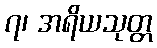
၇၊ အရိယသုတ္တ